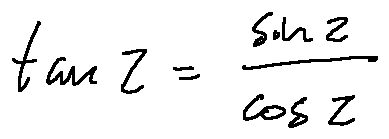
\tan z = \frac { \sin z } { \cos z }